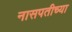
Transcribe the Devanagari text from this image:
नासपतीच्या